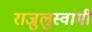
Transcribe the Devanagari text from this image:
राजुलुस्वामी